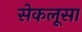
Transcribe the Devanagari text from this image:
सेकलूसा